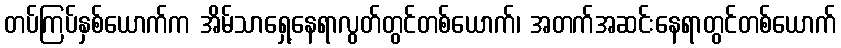
တပ်ကြပ်နှစ်ယောက်က အိမ်သာရှေ့နေရာလွတ်တွင်တစ်ယောက်၊ အတက်အဆင်းနေရာတွင်တစ်ယောက်